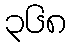
၃၆၈